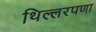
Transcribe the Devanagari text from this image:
थिल्लरपणा